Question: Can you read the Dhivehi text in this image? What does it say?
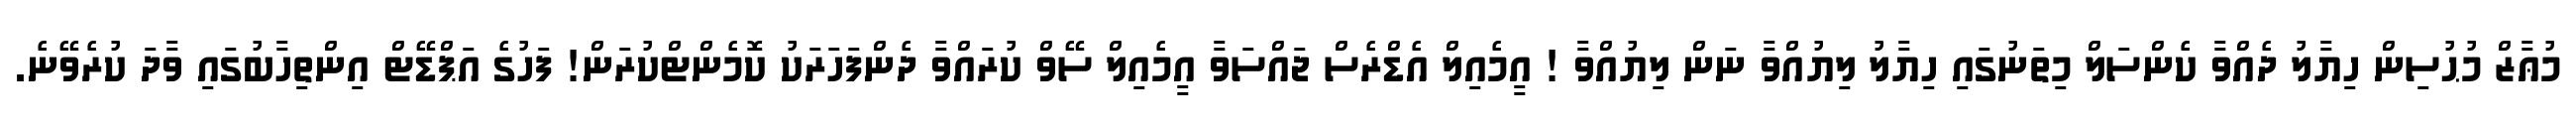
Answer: މުޢާޒް މުޙުސިން ހިޔާލު ދެއްވާ ކެންސަލް މިތަނުގައި ހިޔާލު ލިޔުއްވާ ނަން ލިޔުއްވާ ! އީމެއިލް އެޑްރެސް ޖައްސަވާ އީމެއިލް ސޭވް ކުރައްވާ ދެންފަހަރަކު ކޮމެންޓްކުރަން! ފަހުގެ އަޕްޑޭޓް އިންތިހާބުގައި ވާދަ ކުރެވޭނެ.